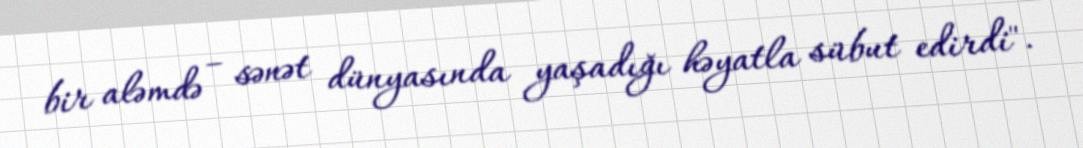
bir aləmdə – sənət dünyasında yaşadığı həyatla sübut edirdi".